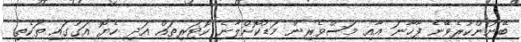
ބޭނުންކުރެވޭނެ ފާހާނަ އާއި މަސްވެރިން މަޑުކޮށްލާނެ ކޮޓަރިތައް އަދި ހެޔޮ އަގުގައި ތަކެތި